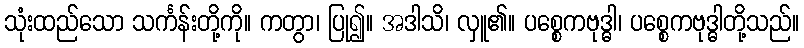
သုံးထည်သော သင်္ကန်းတို့ကို။ ကတွာ၊ ပြု၍။ အဒါသိ၊ လှူ၏။ ပစ္စေကဗုဒ္ဓါ၊ ပစ္စေကဗုဒ္ဓါတို့သည်။